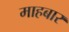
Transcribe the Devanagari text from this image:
माहबार